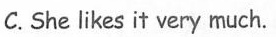
C. She likes it very much.